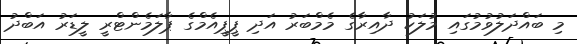
މި ބައްދަލުވުމުގައި މުލަކު ދާއިރާގެ މެމްބަރު އަދި ޕީޕީއެމްގެ ޕާލަމެންޓްރީ ލީޑަރު އަބްދު